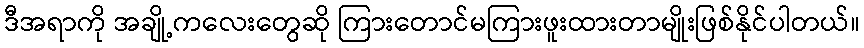
ဒီအရာကို အချို့ကလေးတွေဆို ကြားတောင်မကြားဖူးထားတာမျိုးဖြစ်နိုင်ပါတယ်။